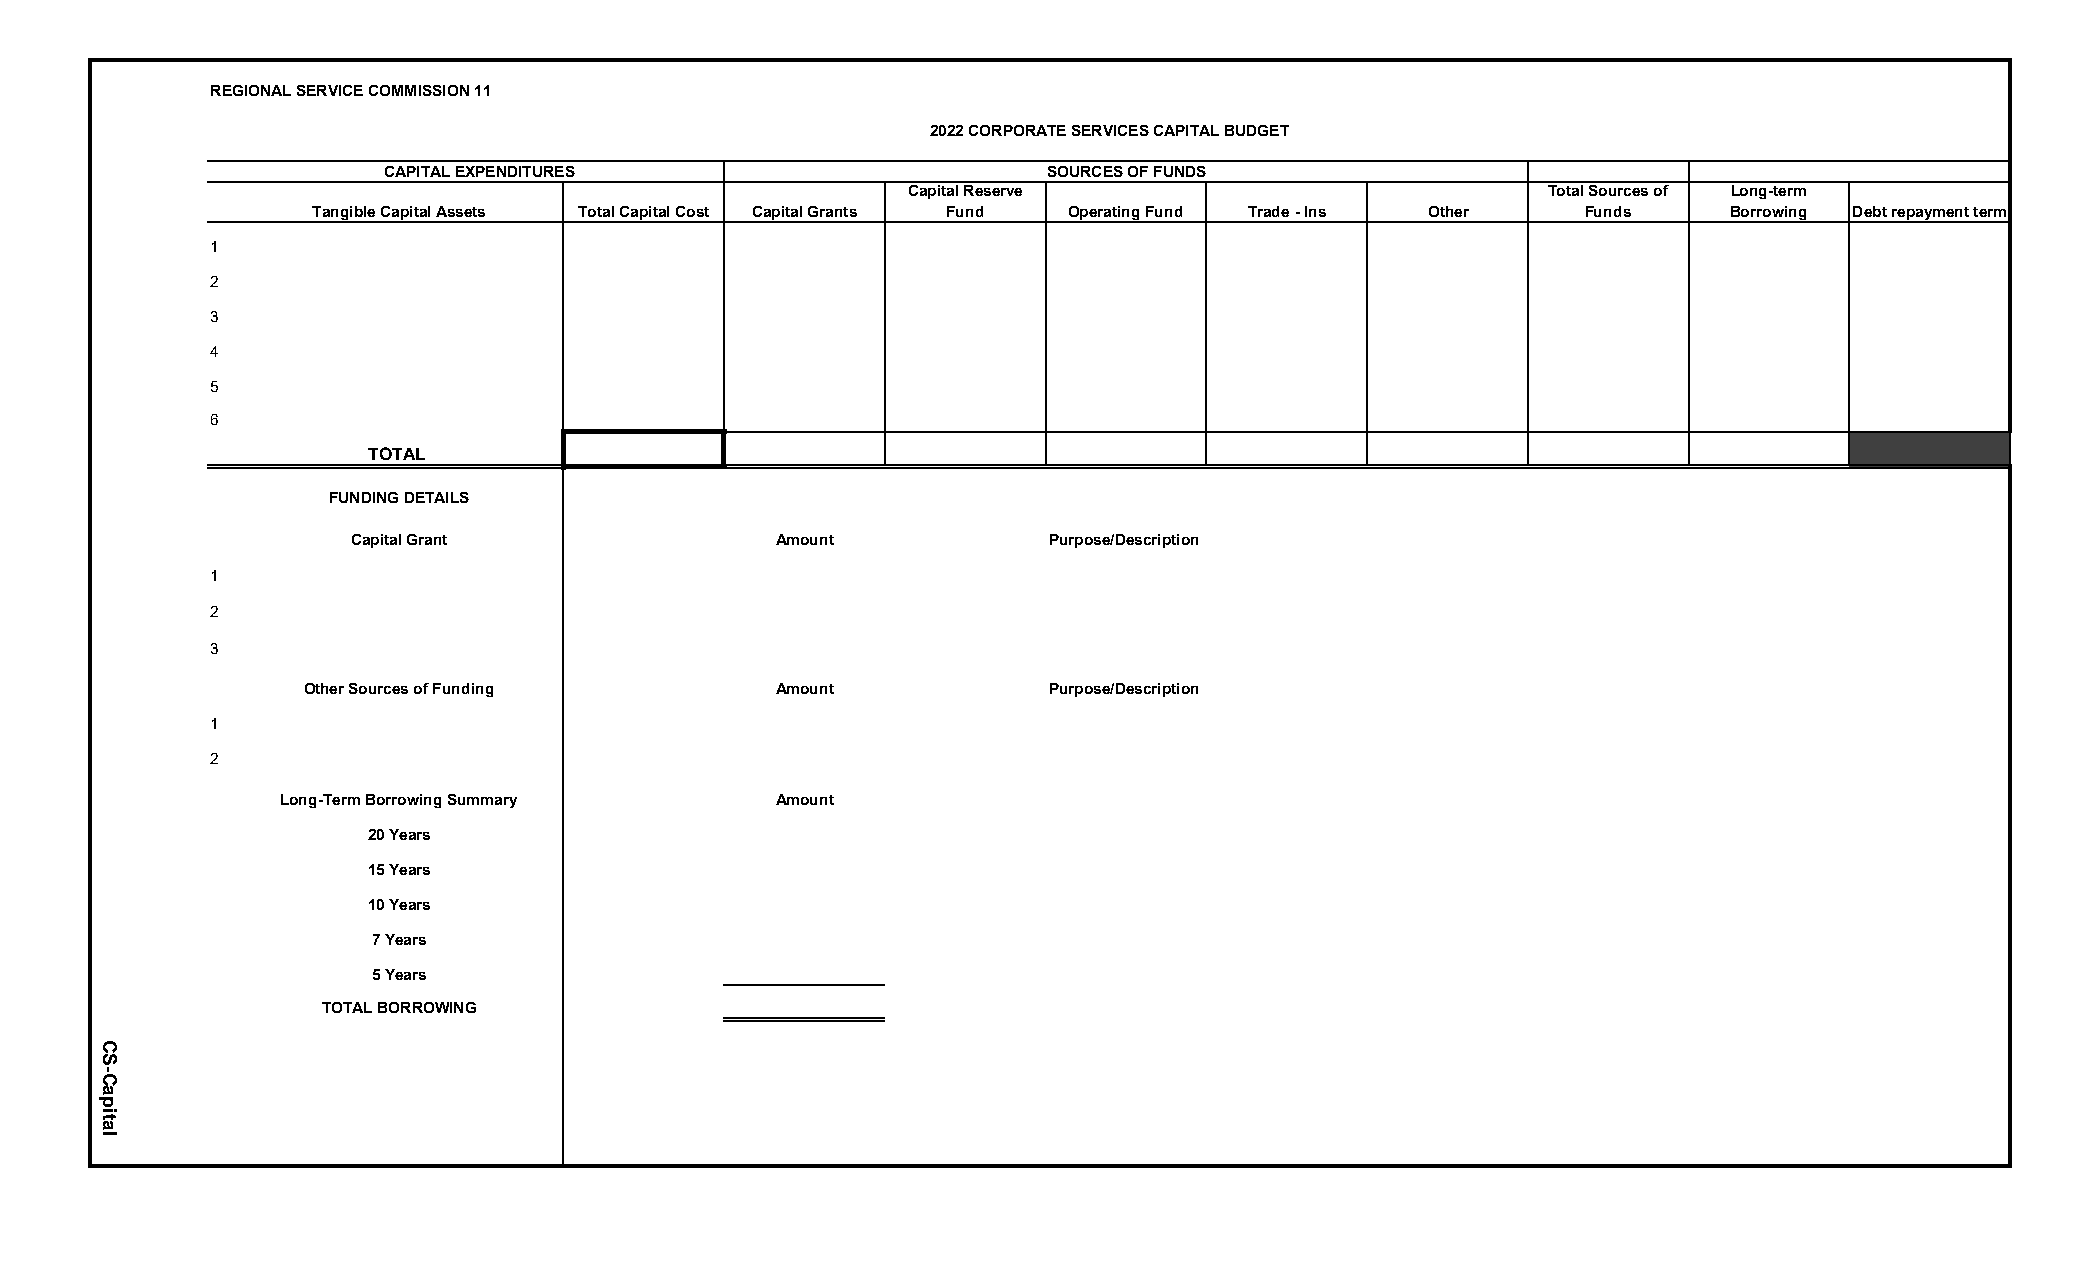
REGIONAL SERVICE COMMISSION 11
 2022 CORPORATE SERVICES CAPITAL BUDGET
 CAPITAL EXPENDITURES                        SOURCES OF FUNDS
 Capital Reserve                           Total Sources of Long-term
 Tangible Capital Assets Total Capital Cost Capital Grants Fund Operating Fund Trade - Ins Other Funds Borrowing Debt repayment term
 1
 2
 3
 4
 5
 6
 TOTAL
 FUNDING DETAILS
 Capital Grant               Amount            Purpose/Description
 1
 2
 3
 Other Sources of Funding       Amount            Purpose/Description
 1
 2
 Long-Term Borrowing Summary      Amount
 20 Years
 15 Years
 10 Years
 7 Years
 5 Years
 TOTAL BORROWING
 CS-Capital